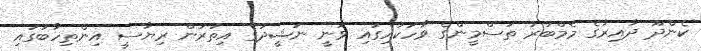
ކެންދޫ ދާއިރާގެ މެމްބަރު ތަސްމީންގެ ވާހަކައިގައި ވަނީ ނަޝީދުގެ އިތުރުން ރިޔާސީ އިންތިހާބުގައި